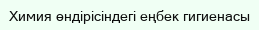
Химия өндірісіндегі еңбек гигиенасы